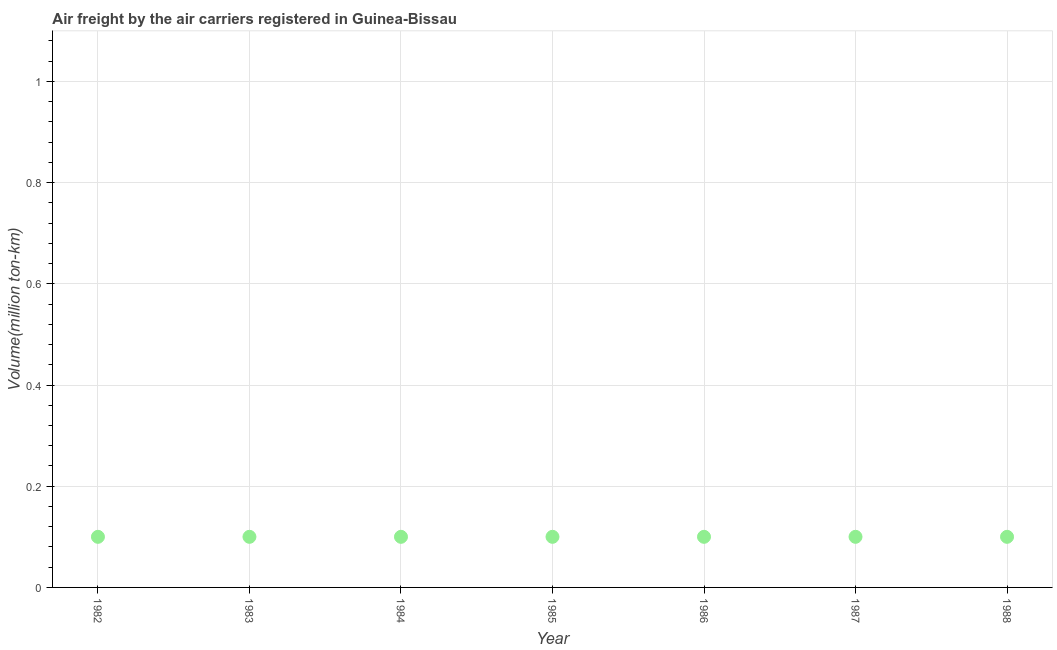
| Year | Air transport |
 | --- | --- |
 | 1982 | 0.1 |
 | 1983 | 0.1 |
 | 1984 | 0.1 |
 | 1985 | 0.1 |
 | 1986 | 0.1 |
 | 1987 | 0.1 |
 | 1988 | 0.1 |